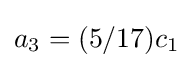
a_{3}=(5/17)c_{1}